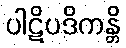
ပါဋိပဒိကန္တိ